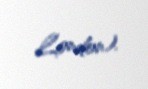
London).